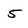
Character: 5